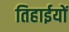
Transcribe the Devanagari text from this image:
तिहाईयों